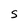
Character: S